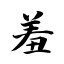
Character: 羞